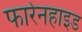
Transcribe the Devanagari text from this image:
फारेनहाइड